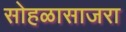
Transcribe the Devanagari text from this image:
सोहळासाजरा